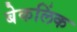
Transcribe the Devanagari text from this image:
बेकलिंक